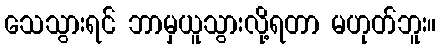
သေသွားရင် ဘာမှယူသွားလို့ရတာ မဟုတ်ဘူး။